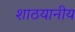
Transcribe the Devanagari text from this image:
शाठयानीय